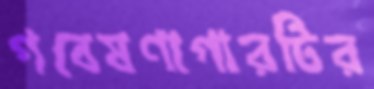
গবেষণাগারটির